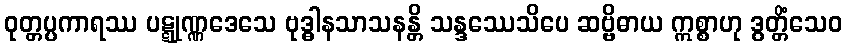
ဝုတ္တပ္ပကာရဿ ပဋ္ဋုဏ္ဏဒေသေ ဗုဒ္ဓါနသာသနန္တိ သန္ဒဿေသိပေ ဆဗ္ဗိဓာယ ဣစ္စာဟု ဒွတ္တိံသေဝ